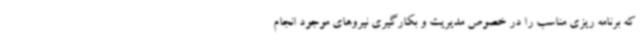
که برنامه ریزی مناسب را در خصوص مدیریت و بکارگیری نیروهای موجود انجام